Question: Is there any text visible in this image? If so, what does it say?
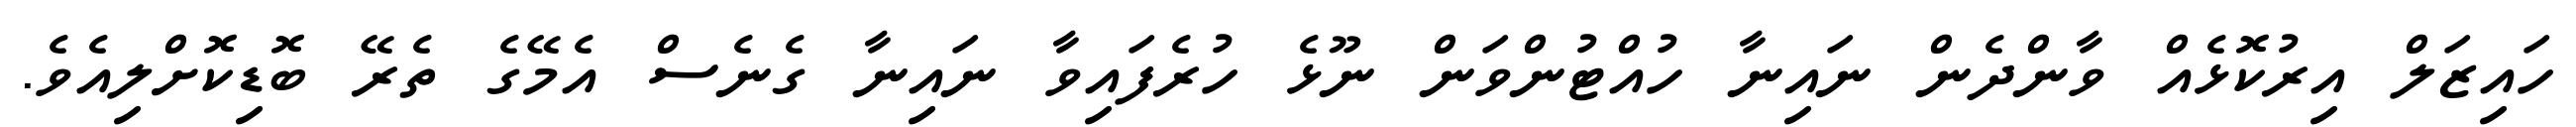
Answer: ހައިޒަލް އިރުކޮޅެއް ވާންދެން ނައިނާ ހުއްޓުންވަން ނޫޅެ ހުރެފައިވާ ނައިނާ ގެނެސް އެމޭގެ ތެރޭ ބޮޑިކޮށްލިއެވެ.